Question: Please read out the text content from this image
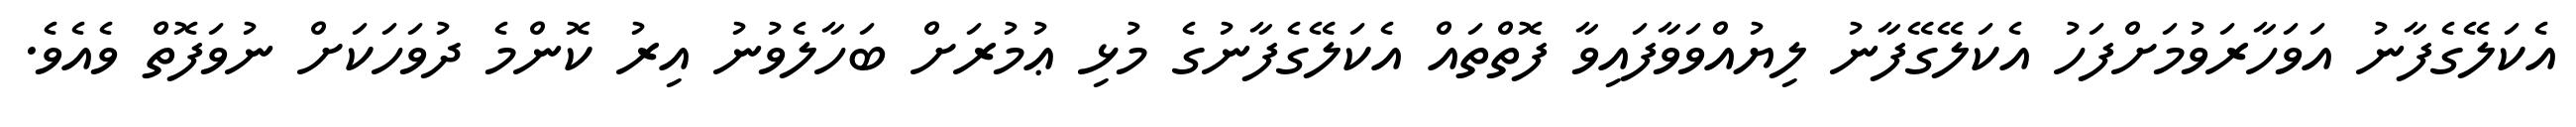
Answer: އެކަލޭގެފާނު އަވަހާރަވުމަށްފަހު އެކަލޭގޭފާނު ލިޔުއްވަވާފައިވާ ފޮތްތައް އެކަލޭގެފާނުގެ މުޅި ޢުމުރަށް ބަހާލެވުނު އިރު ކޮންމެ ދުވަހަކަށް ނުވަފޮތް ވެއެވެ.